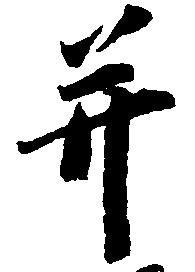
并